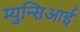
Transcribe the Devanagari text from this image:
म्युन्सिआई